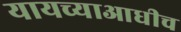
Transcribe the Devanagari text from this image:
यायच्याआधीच